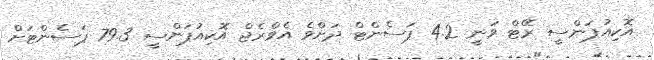
އޮކިއުޕަންސީ ރޭޓް ވަނީ 4.2 ޕަސެންޓް ދަށްވެ އެވްރެޖް އޮކިއުޕަންސީ 79.3 ޕަސެންޓަށް